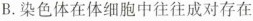
B.染色体在体细胞中往往成对存在